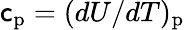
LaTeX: \mathsf{c}_{\mathrm{{p}}}=(dU/dT)_{\mathrm{{p}}}